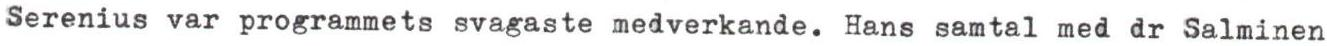
Serenius var programmets svagaste medverkande. Hans samtal med dr Salminen